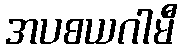
အပစယဂါမီ